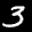
Label: 3